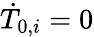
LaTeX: \dot{T}_{0,i}=0